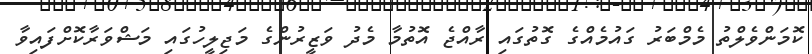
ކޮމަންވެލްތު މެމްބަރު ގައުމެއްގެ ގޮތުގައި ރާއްޖެ އޮތުމާ މެދު ވަޒީރުންގެ މަޖިލީހުގައި މަޝްވަރާކޮށްފައިވާ